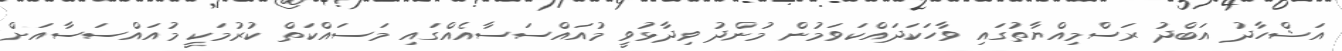
އަޝްހާދު އަބްދު ރަސްމިއްޔާތުގައި ވާހަކަދައްކަވަމުން މުންދު ވިދާޅުވީ މުއައްސަސާއެއްގައި މަސައްކަތް ކުރުމަކީ މުއައްސަސާއަށް